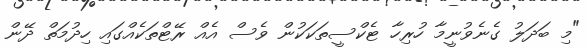
"މި ބަދަލު ގެނެވުނީމާ ހުރިހާ ޓެކްސީތަކަކުން ވެސް އެއް ރޭޓްތަކެއްގައި ހިދުމަތް ދޭން